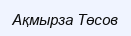
Ақмырза Төсов